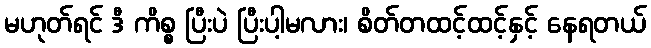
မဟုတ်ရင် ဒီ ကိစ္စ ပြီးပဲ ပြီးပါ့မလား၊ စိတ်တထင့်ထင့်နှင့် နေရတယ်